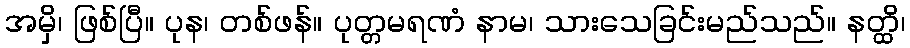
အမှိ၊ ဖြစ်ပြီ။ ပုန၊ တစ်ဖန်။ ပုတ္တမရဏံ နာမ၊ သားသေခြင်းမည်သည်။ နတ္ထိ၊